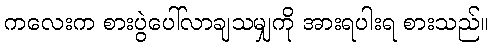
ကလေးက စားပွဲပေါ်လာချသမျှကို အားရပါးရ စားသည်။